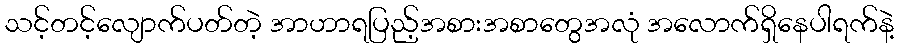
သင့်တင့်လျောက်ပတ်တဲ့ အာဟာရပြည့်အစားအစာတွေအလုံ အလောက်ရှိနေပါရက်နဲ့